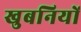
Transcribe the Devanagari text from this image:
खुबनियों